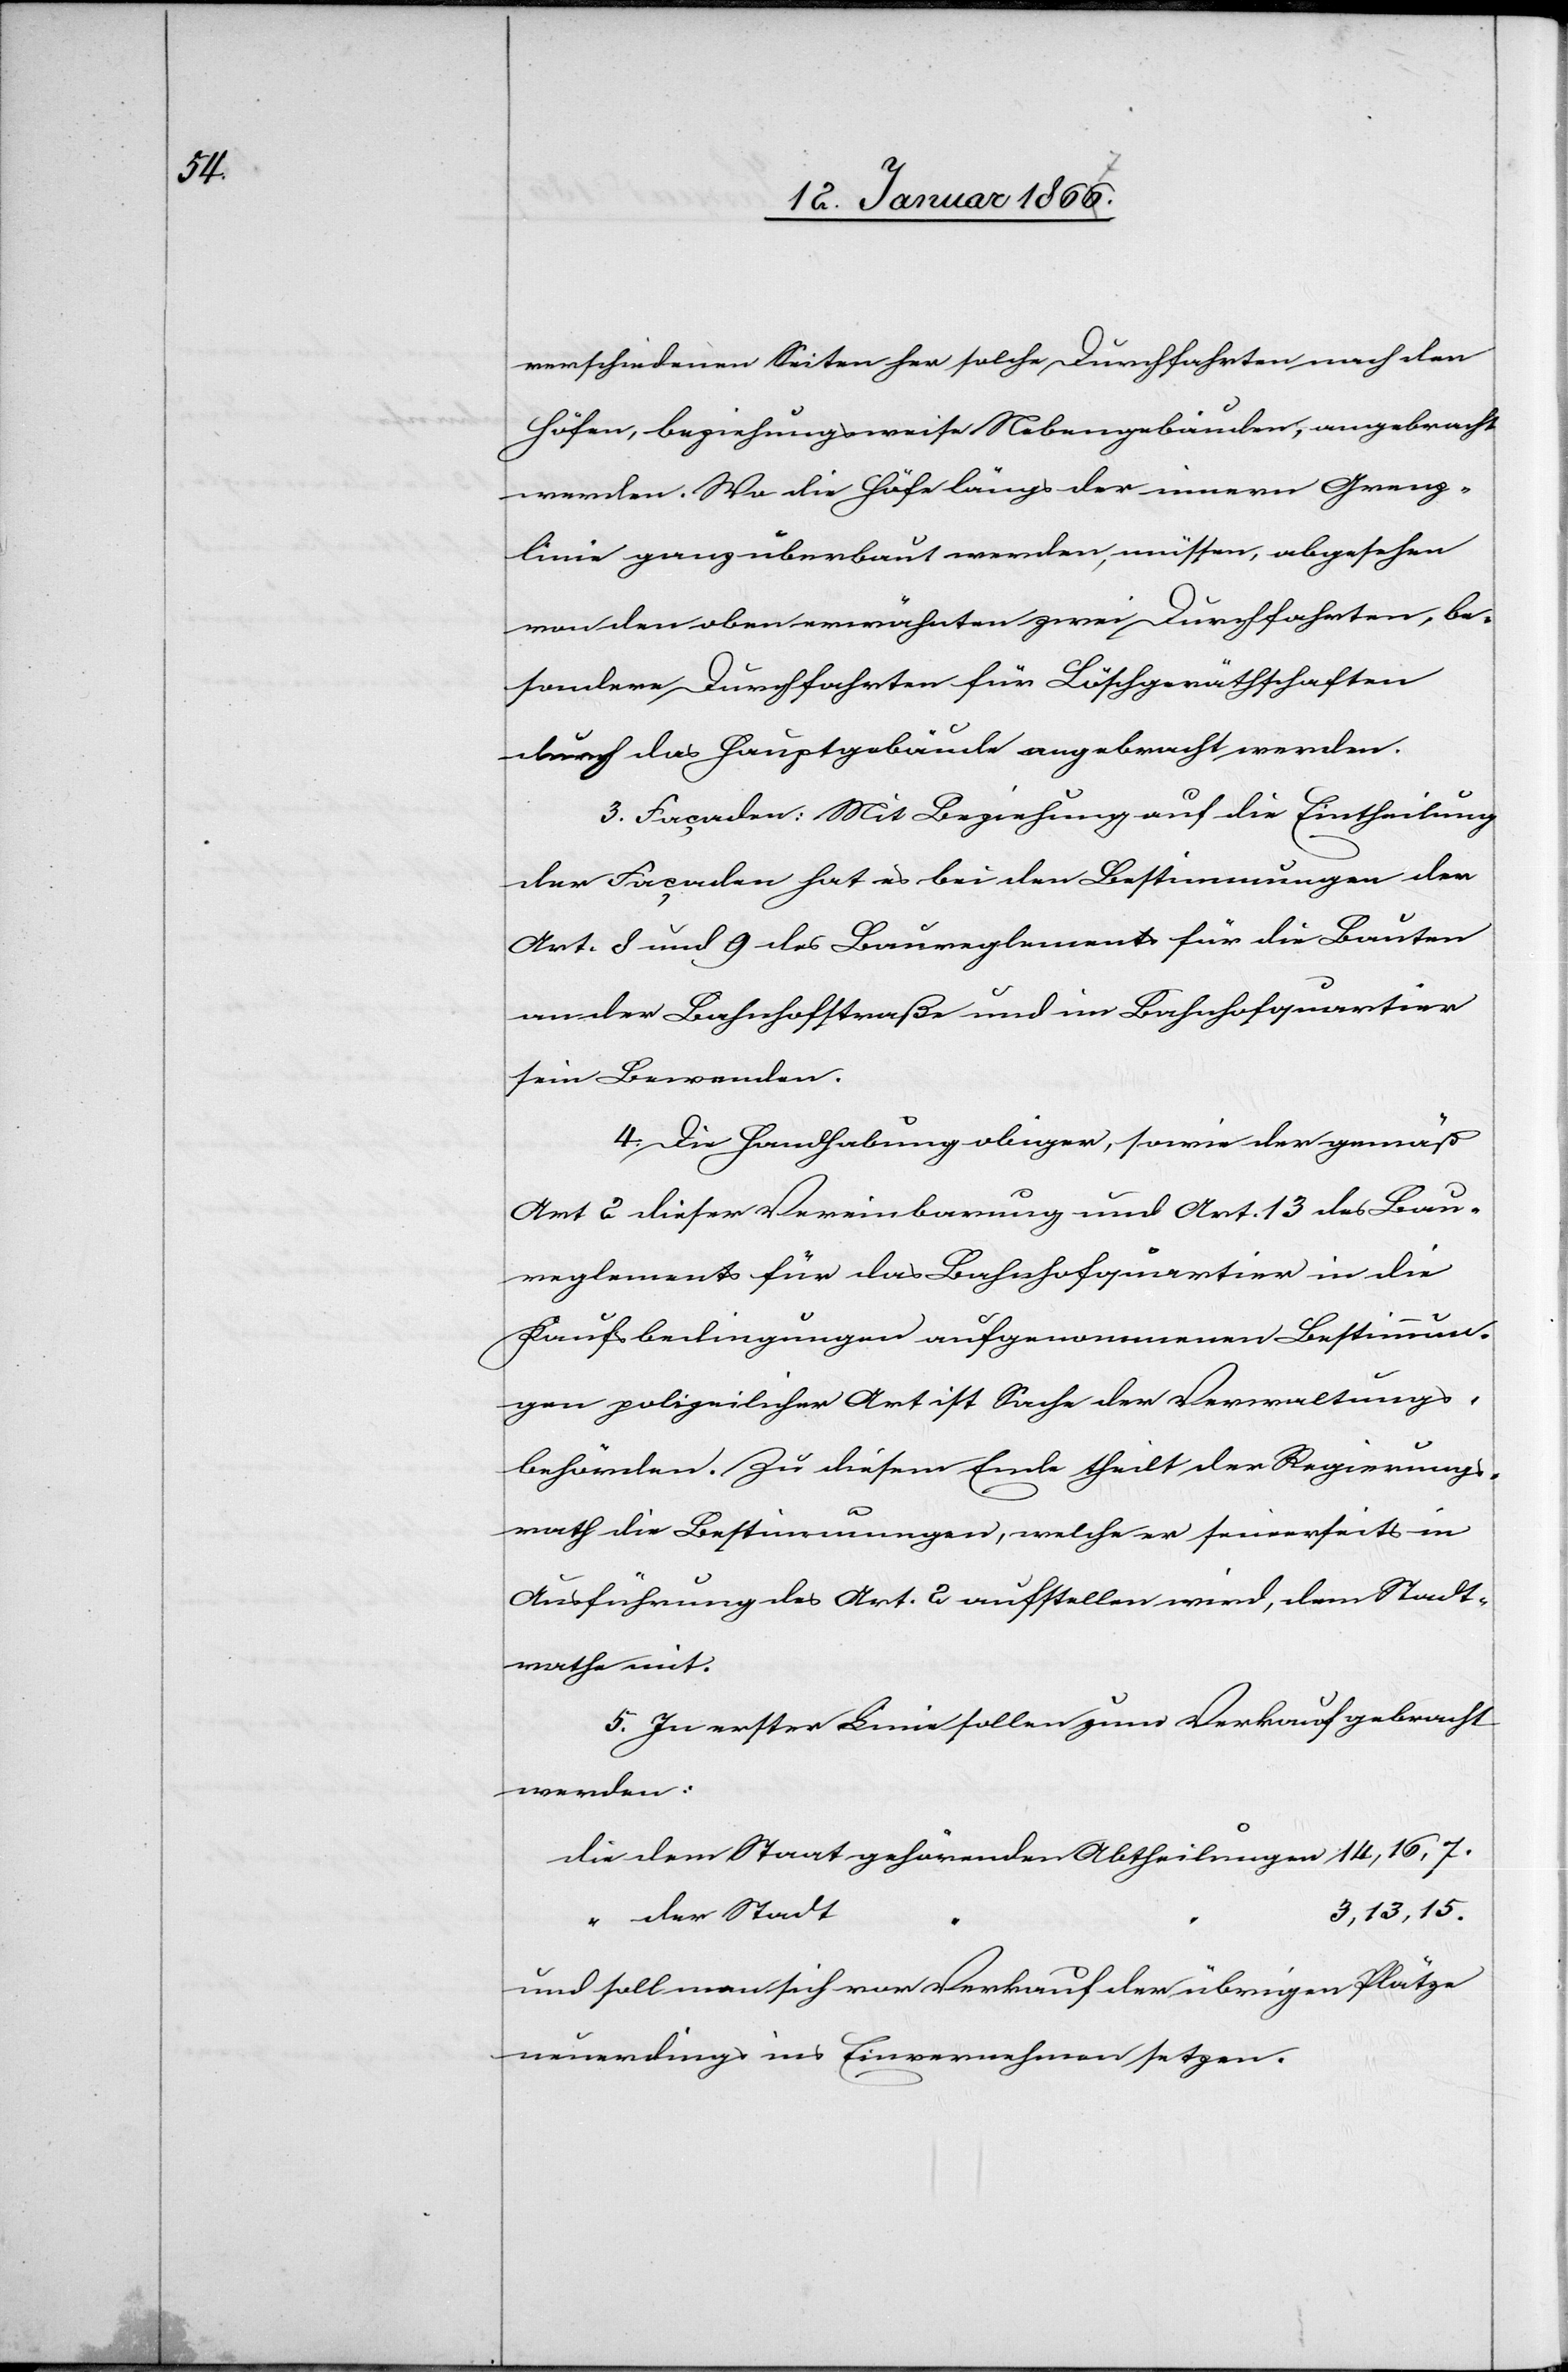
verschiedenen Seiten her solche Durchfahrten nach den
Höfen, beziehungsweise Nebengebäuden, angebracht
werden. Wo die Höfe längs der innern Grenz¬
linie ganz überbaut werden, müssen, abgesehen
von den oben erwähnten zwei Durchfahrten, be¬
sondere Durchfahrten für Löschgerätschaften
durch das Hauptgebäude angebracht werden.
3. Façaden: Mit Beziehung auf die Eintheilung
der Façaden hat es bei den Bestimmungen der
Art. 8 und 9 des Baureglements für die Bauten
an der Bahnhofstraße und im Bahnhofquartier
sein Bewenden.
4. Die Handhabung obiger, sowie der gemäß
Art 2 dieser Vereinbarung und Art. 13 des Bau¬
reglements für das Bahnhofquartier in die
Kaufsbedingungen aufgenommenen Bestimmun¬
gen polizeilicher Art ist Sache der Verwaltungs¬
behörden. Zu diesem Ende theilt der Regierungs¬
rath die Bestimmungen, welche er seinerseits in
Ausführung des Art. 2 aufstellen wird, dem Stadt¬
rathe mit.
5. In erster Linie sollen zum Verkauf gebracht
werden:
die dem Staat gehörenden Abhteilungen 14, 16, 7.
13, 15.
und soll man sich vor Verkauf der übrigen Plätze
neuerdings ins Einvernehmen setzen.